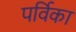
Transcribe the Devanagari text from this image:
पर्विका